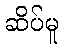
ဆိပ်မူ